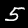
Label: 5